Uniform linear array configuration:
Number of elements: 64
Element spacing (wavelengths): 1
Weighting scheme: kaiser
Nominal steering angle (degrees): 0
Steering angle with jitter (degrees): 0.5771
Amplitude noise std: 0.05
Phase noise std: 0.05

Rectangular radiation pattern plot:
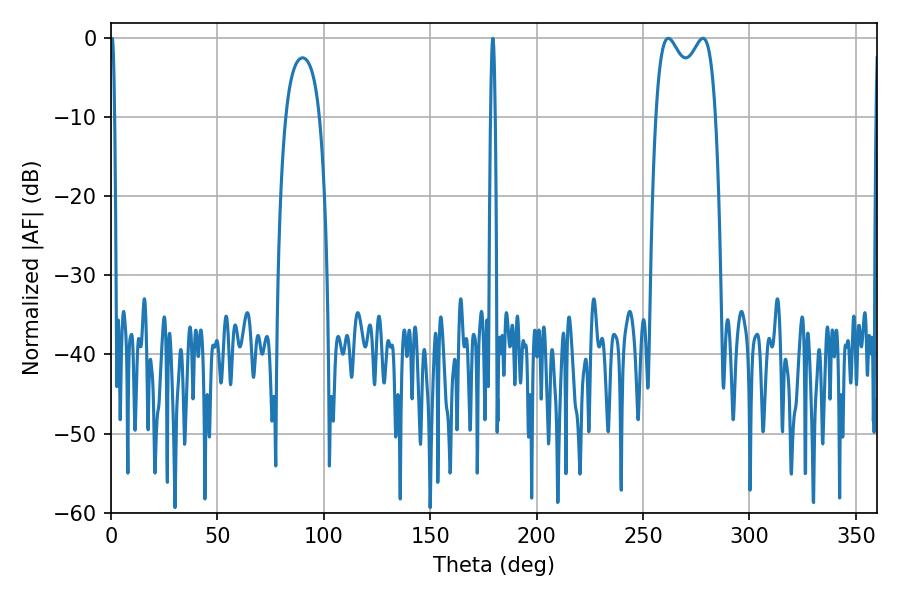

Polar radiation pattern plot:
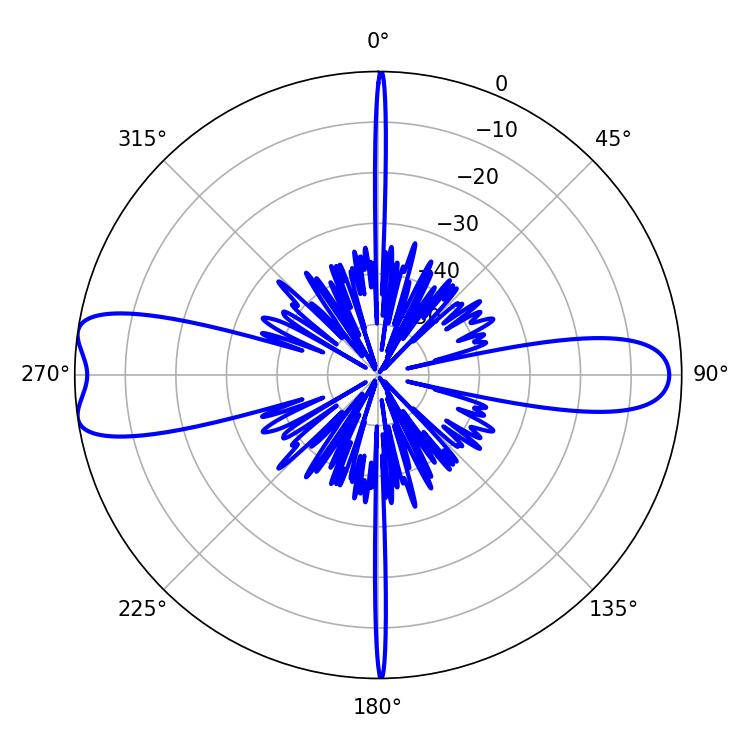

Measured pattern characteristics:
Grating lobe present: TRUE
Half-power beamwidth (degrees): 23.4
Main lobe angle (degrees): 261.9